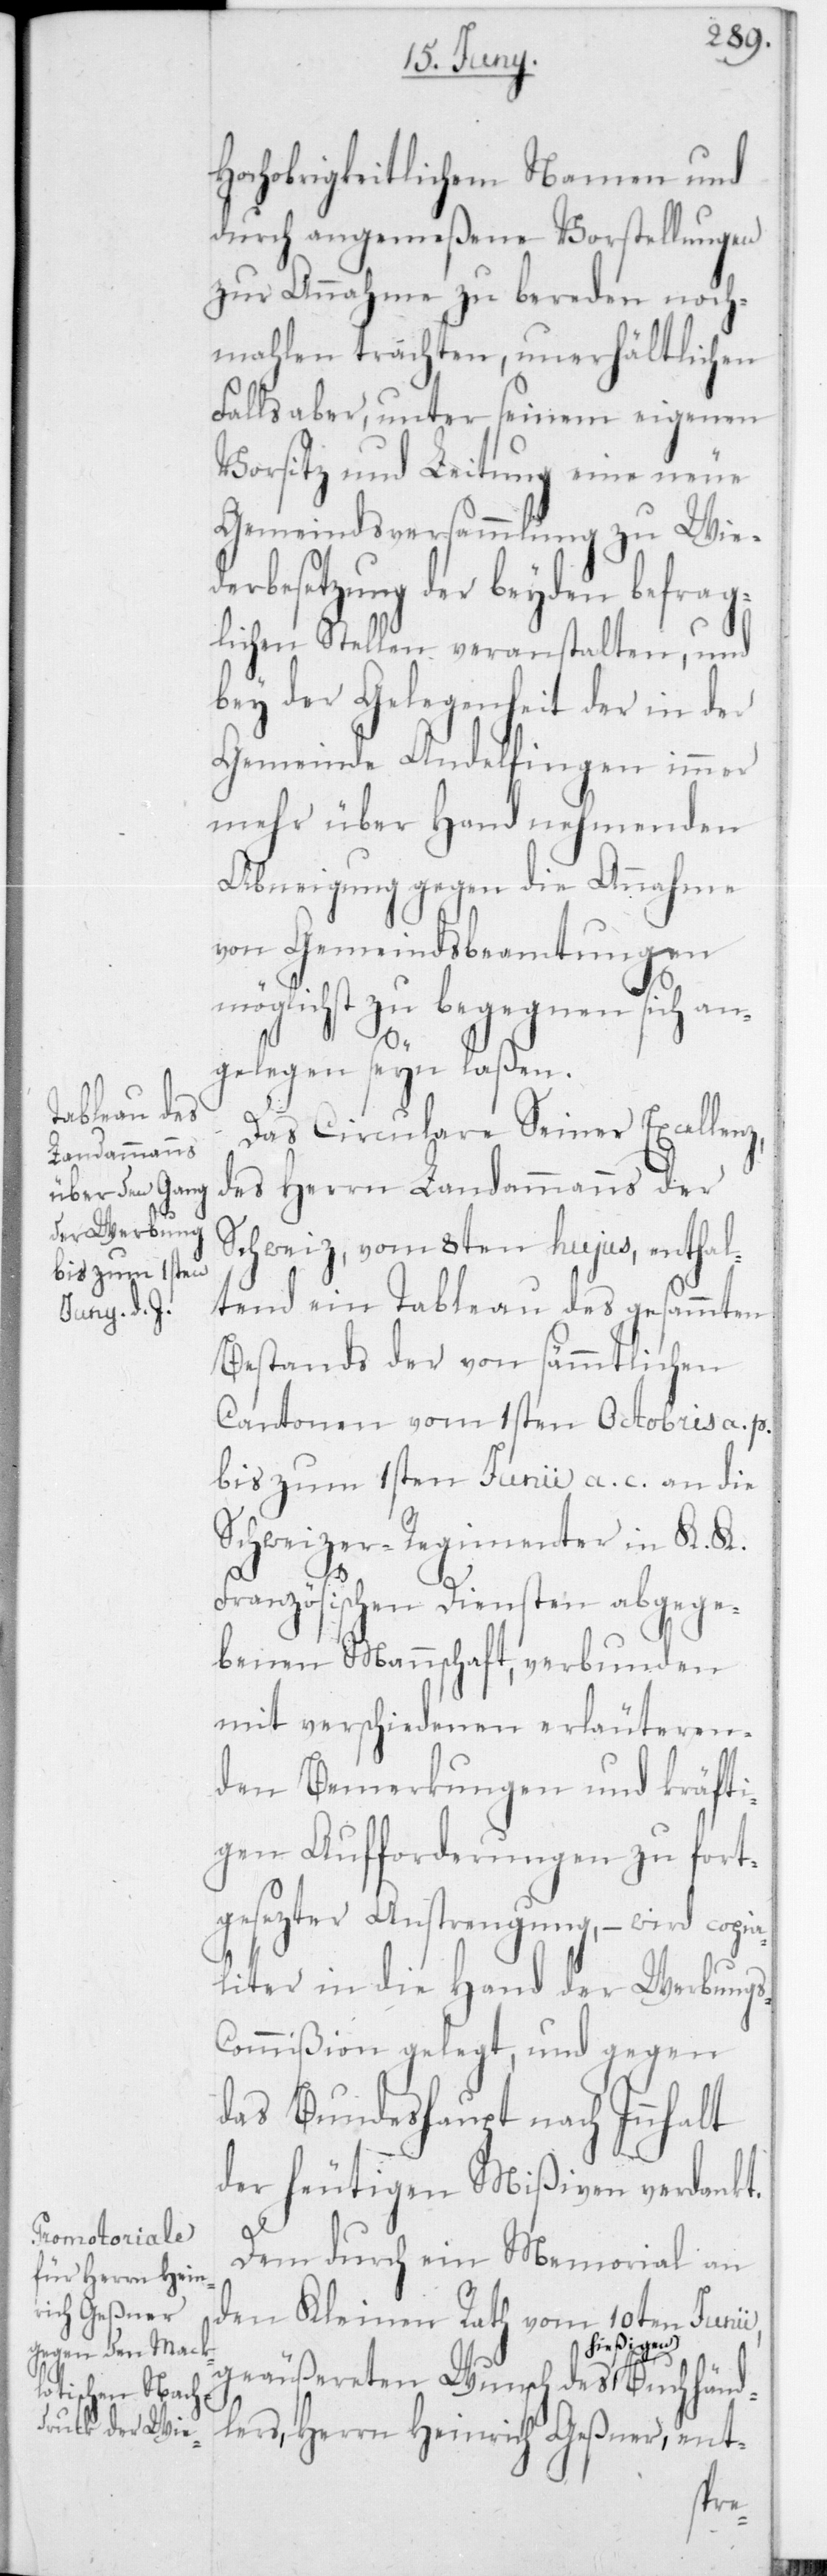
Buchhänd¬

hochobrigkeitlichem Namen und
durch angemeßene Vorstellungen
zur Annhme zu bereden noch¬
mahlen trachten, unerhältlichen
Falls aber unter seinem eigenen
Vorsitz und Leitung eine neue
Gemeindsversammlung zu Wiede¬
rbesetzung der beyden befrag¬
lichen Stellen veranstalten, und
bey der Gelegenheit der in der
Gemeinde Andelfingen immer
mehr über Hand nehmenden
Abneigung gegen die Annahme
von Gemeindsbeamtungen
möglichst zu begegnen sich an¬
gelegen seyn laßen.
Das Circulare Seiner Excellenz,
des Herrn Landammanns der
Schweiz, vom 8ten hujus, enthal¬
tend ein Tableau des gesammten
Bestandes des von sämmtlichen
Cantonen vom 1sten Octobris a. p.
bis zum 1sten Junii a. c. an die
Schweizer-Regimenter in K. K.
Französischen Diensten abgege¬
benen Mannschaft, verbunden
mit verschiedenen erläuteren¬
den Bemerkungen und kräfti¬
gen Aufforderungen zu fort¬
gesezter Anstrengung, – wird copi¬
aliter in die Hand der Werbung¬
ommißion gelegt, und gegen
das Bundeshaupt nach Innhalt
der heutigen Mißiven verdankt.
Dem durch ein Memorial an
den Kleinen Rath vom 10ten Junii
hießigen
lers, Herrn Heinrich Geßner, ent-
s-C¬